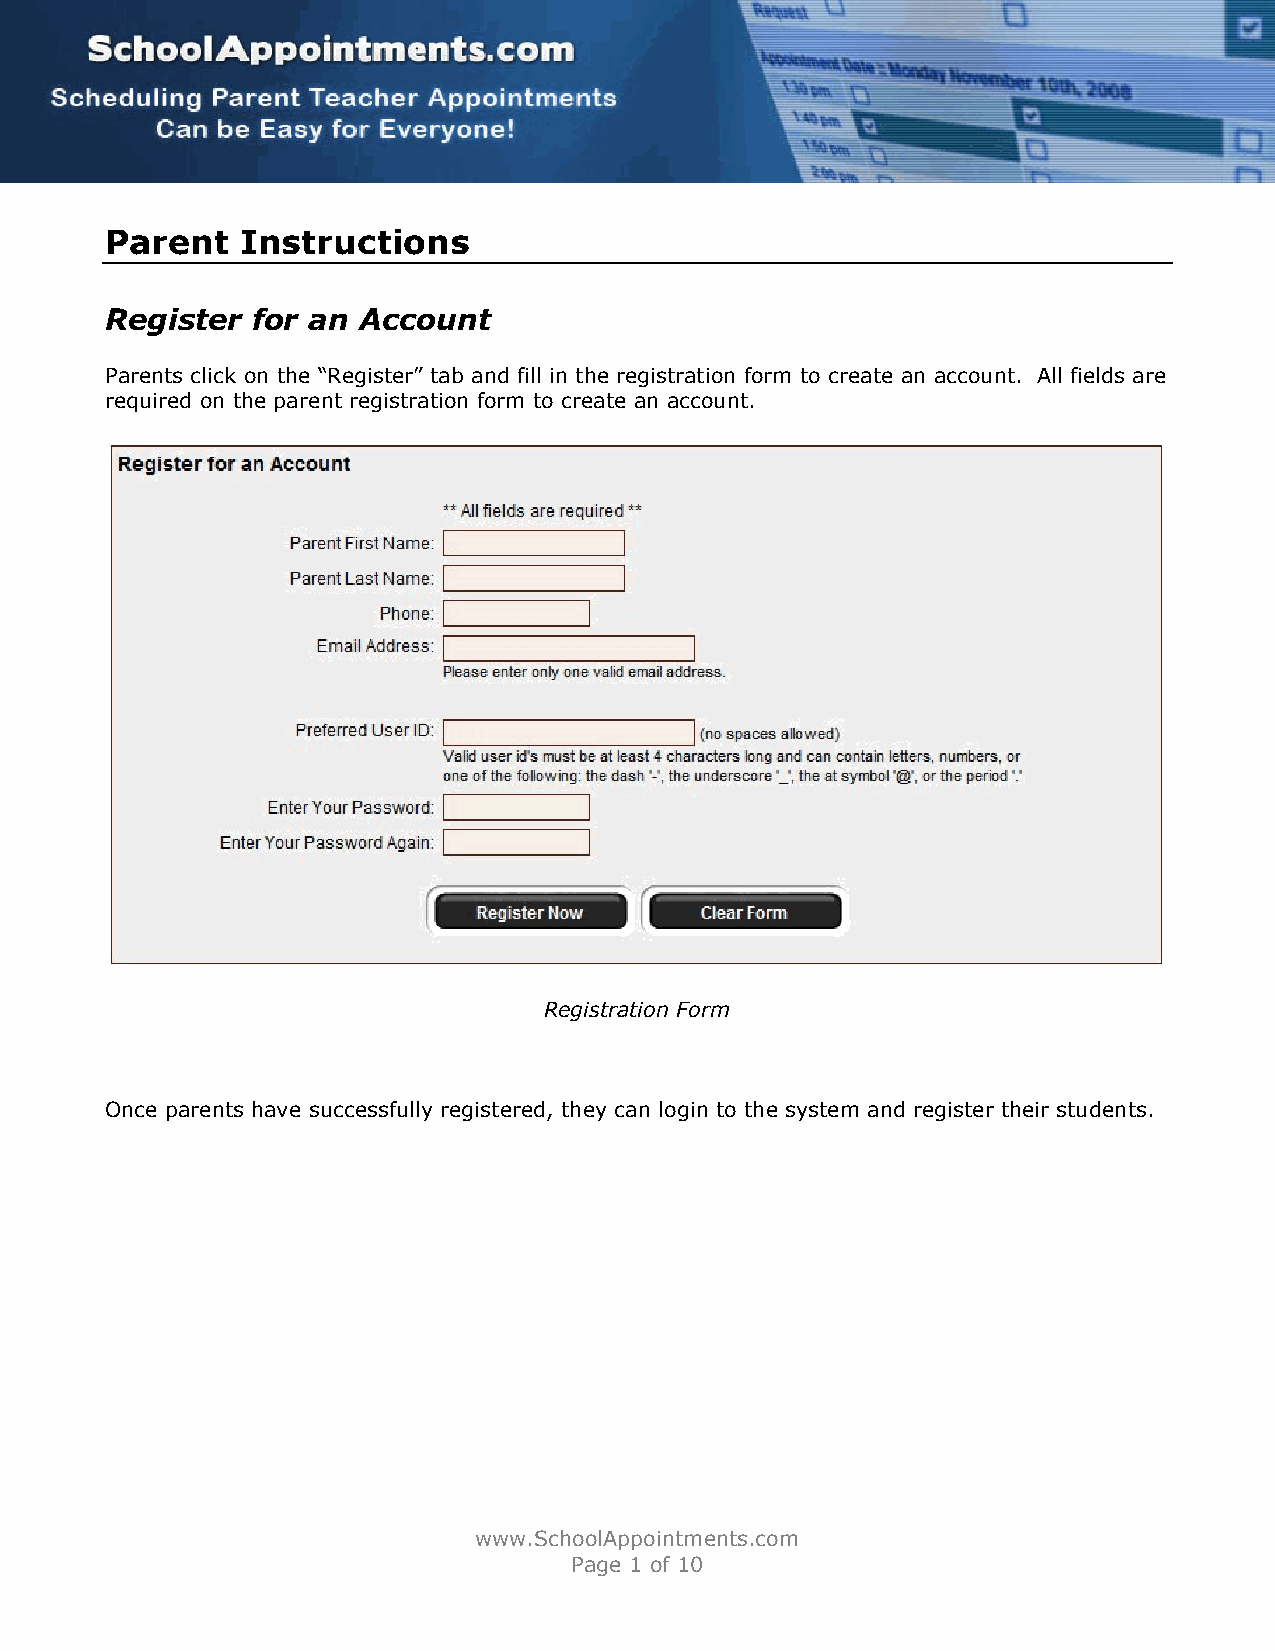
Parent   Instructions
 Register  for an Account
 Parents click on the “Register” tab and fill in the registration form to create an account. All fields are
 required on the parent registration form to create an account.
 Registration Form
 Once parents have successfully registered, they can login to the system and register their students.
 www.SchoolAppointments.com
 Page 1 of 10